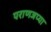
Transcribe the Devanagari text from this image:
पराणजप्या